Indian journal of veterinary science and animal husbandry - Volume 12,
Year: 1942
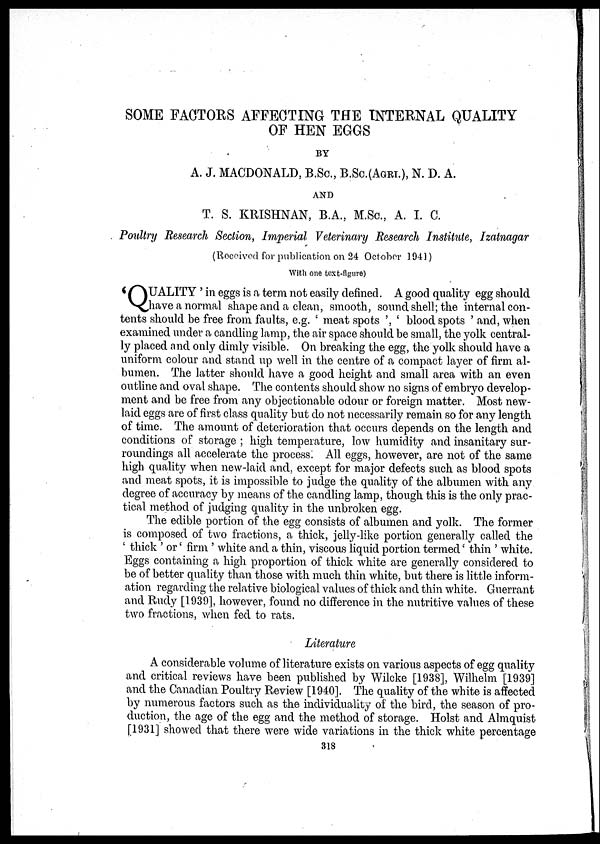
SOME FACTORS AFFECTING THE INTERNAL QUALITY
OF HEN EGGS
BY
A. J. MACDONALD, B.Sc., B.Sc.(AGRI.), N. D. A.
AND
T. S. KRISHNAN, B.A., M.Sc., A. I. C.
Poultry Research Section, Imperial Veterinary Research Institute, Izatnagar
(Received for publication on 24 October 1941)
With one text-figure)
'QUALITY
' in eggs is a term not easily defined. A good quality egg should
have a normal shape and a clean, smooth, sound shell; the internal con-
tents should be free from faults, e.g. ' meat spots ', ' blood spots ' and, when
examined under a candling lamp, the air space should be small, the yolk central-
ly placed and only dimly visible. On breaking the egg, the yolk should have a
uniform colour and stand up well in the centre of a compact layer of firm al-
bumen. The latter should have a good height and small area with an even
outline and oval shape. The contents should show no signs of embryo develop-
ment and be free from any objectionable odour or foreign matter. Most new-
laid eggs are of first class quality but do not necessarily remain so for any length
of time. The amount of deterioration that occurs depends on the length and
conditions of storage ; high temperature, low humidity and insanitary sur-
roundings all accelerate the process. All eggs, however, are not of the same
high quality when new-laid and, except for major defects such as blood spots
and meat spots, it is impossible to judge the quality of the albumen with any
degree of accuracy by means of the candling lamp, though this is the only prac-
tical method of judging quality in the unbroken egg.
The edible portion of the egg consists of albumen and yolk. The former
is composed of two fractions, a thick, jelly-like portion generally called the
' thick ' or' firm ' white and a thin, viscous liquid portion termed' thin ' white.
Eggs containing a high proportion of thick white are generally considered to
be of better quality than those with much thin white, but there is little inform-
ation regarding the relative biological values of thick and thin white. Guerrant
and Rudy [1939], however, found no difference in the nutritive values of these
two fractions, when fed to rats.
Literature
A considerable volume of literature exists on various aspects of egg quality
and critical reviews have been published by Wilcke [1938], Wilhelm [1939]
and the Canadian Poultry Review [1940]. The quality of the white is affected
by numerous factors such as the individuality of the bird, the season of pro-
duction, the age of the egg and the method of storage. Holst and Almquist
[1931] showed that there were wide variations in the thick white percentage
318